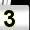
Digit: 3